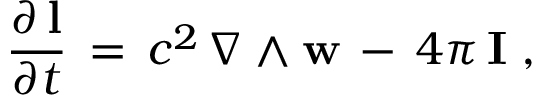
\frac { \partial \, { \bf l } } { \partial t } \, = \, c ^ { 2 } \, \nabla \wedge { \bf w } \, - \, 4 \pi \, { \bf I } \; ,